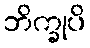
ဘိက္ခုပိ